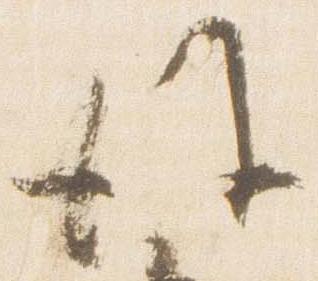
後